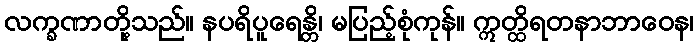
လက္ခဏာတို့သည်။ နပရိပူရေန္တိ၊ မပြည့်စုံကုန်။ ဣတ္ထိရတနာဘာဝေန၊